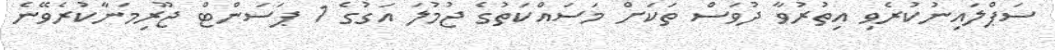
ސަޕްލައިނުކުރެވި އިތުރުވާ ދުވަސް ތަކަށް މަސައްކަތުގެ ޖުމުލަ އަގުގެ 1 ޕަސަންޓް ޖޫރިމަނާކުރެވޭނެ